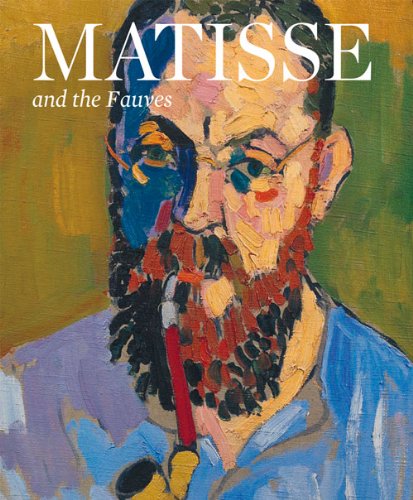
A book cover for Matisse and the Fauves; Arts & Photography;